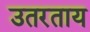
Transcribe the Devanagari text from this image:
उतरताय